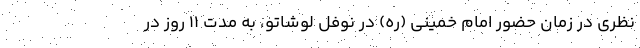
نظری در زمان حضور امام خمینی (ره) در نوفل لوشاتو، به مدت ۱۱ روز در